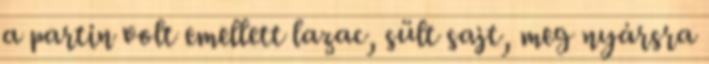
a partin volt emellett lazac, sült sajt, meg nyársra